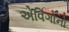
એવિગોનો